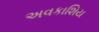
અવકાશિય